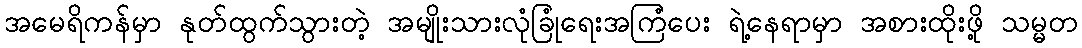
အမေရိကန်မှာ နုတ်ထွက်သွားတဲ့ အမျိုးသားလုံခြုံရေးအကြံပေး ရဲ့နေရာမှာ အစားထိုးဖို့ သမ္မတ